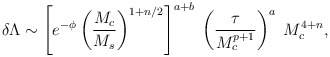
\begin{align*}\delta \Lambda \sim \left[ e^{-\phi} \left({M_c \over M_s} \right)^{1+n/2} \right]^{a+b} \; \left( {\tau \over M_c^{p+1}} \right)^{a} \;M_c^{4+n} ,\end{align*}